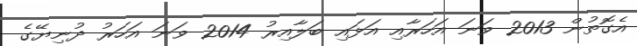
އެގޮތުން 2013 ވަނަ އަހަރާއި އަޅައި ބަލާއިރު 2014 ވަނަ އަހަރު ދުނިޔޭގެ